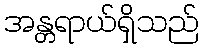
အန္တရာယ်ရှိသည်